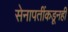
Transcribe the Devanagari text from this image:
सेनापतींकडूनही